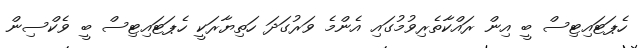
ހެޕަޓައިޓިސް ބީ އިން ރައްކާތެރިވުމުގައި އެންމެ ވަރުގަދަ ހަތިޔާރަކީ ހެޕަޓައިޓިސް ބީ ވެކްސިން